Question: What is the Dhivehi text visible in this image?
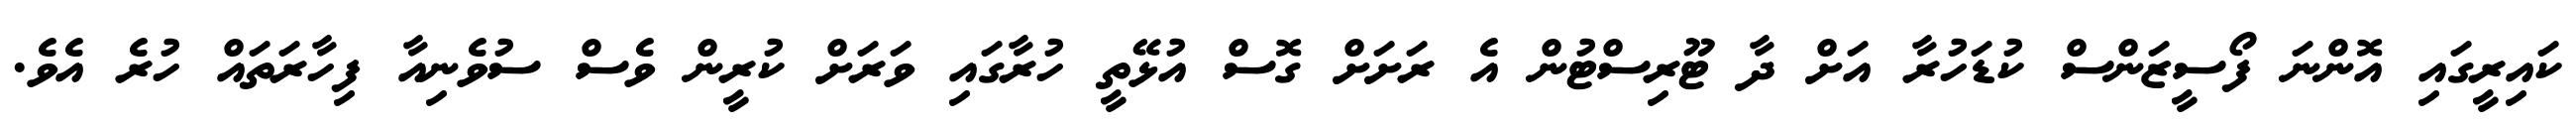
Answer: ކައިރީގައި އޮންނަ ފޯސީޒަންސް ކުޑަހުރާ އަށް ދާ ޓޫރިސްޓުން އެ ރަށަށް ގޮސް އުޅޭތީ ހުރާގައި ވަރަށް ކުރީން ވެސް ސުވެނިއާ ފިހާރަތައް ހުރެ އެވެ.